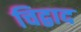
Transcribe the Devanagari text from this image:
चिद्वाद